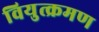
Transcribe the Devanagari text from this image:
वियुत्क्रमण